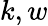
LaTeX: k,w